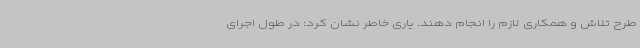
طرح تلاش و همکاری لازم را انجام دهند. یاری خاطر نشان کرد: در طول اجرای